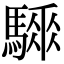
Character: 𩥗